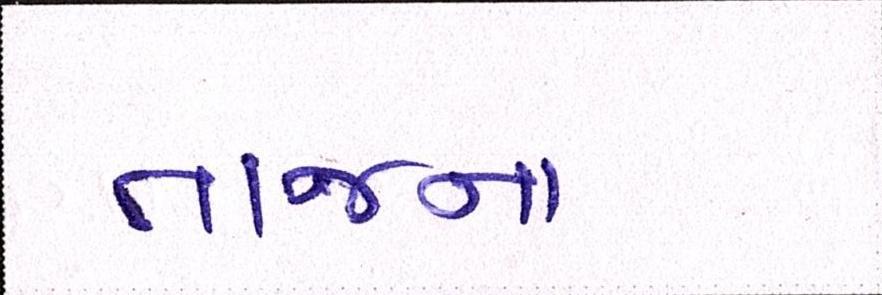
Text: તાજના